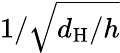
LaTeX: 1/\sqrt{d_{\mathrm{H}}/h}